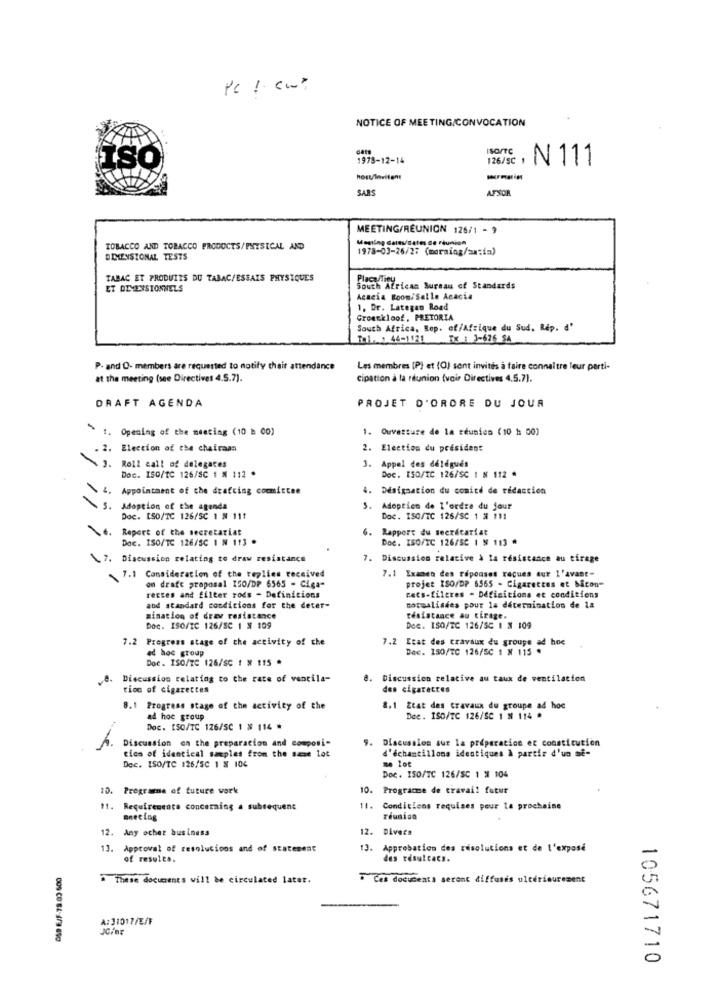
Pc ! (w "
NOTICE OF MEETING/CONVOCATION
ISO/TC
1978-12-14
126/5C 1
, N 111
host/Invitent
SARS
AFSOR
MEETING/RÉUNION 126/1 - 9
Mening Careu/dates de réunion
TOBACCO AND TOBACCO PRODUCTS/PHYSICAL AND
1978-03-26/27 (morning/satia)
DIMENSIONAL TESTS
TABAC ET PRODUITS DU TABAC/ESSAIS PHYSIQUES
ET DIMENSIONNELS
South African Bureau of Standards
Acacia Room/Salle Acacia
1. Dr. Lategan Road
Groenkloof, PRETORIA
South Africa, Bop. of/Afrique du Sud. Rep. d'
To1. 1 44-1121 3x 1 3-676 SA
P- and O- members are requested to notify their attendance
Les membres (P) et (O) sont invités à faire connaître leur parti-
at the meeting (see Directives 4.5.7).
cipation à la réunion (voir Directives 4.5.7).
DRAFT AGENDA
PROJET D'ORDRE DU JOUR
1. Opening of the meeting (10 ₺ 00)
1. Ouverture de la réunion (10 h 00)
- 2. Election of the chairaan
2. Election du président
3.
Appel des délégués
J. Roll call of delegates
Doc. ISO/TC 126/SC 1 M 112 *
Doc. ISO/TC 126/SC 1 N 112 *
. Appointment of the drafting committee
4. Désignation du comité de rédaction
5. Adoption of the agenda
Adoption de l'ordre du jour
Doc. ISO/TC 126/SC 1 N 111
Doc. ISO/TC 126/SC 1 # 111
Report of the secretariat
Rapport du secrétariat
Doc. ISO/TC 126/5C 1 N 113 .
Doc. ISO/TC 126/SC 1 N 113 *
7. Discussion relating to draw resistance
7. Discussion relative à la résistance au tirage
7.1 Examen des réponses racues dur l'avant-
7.1 Consideration of the replies received
on draft proposal ISO/DP 6565 - Ciga-
projet ISO/DP 6565 - Cigarettes et bicon-
rettes and filter rods - Definitions
Rets-fileres - Definitions et conditions
and standard conditions for the deter-
Borealisdes pour la détermination de la
mination of draw resistance
resistance au tirage.
Doc. ISO/TC 126/SC 1 X 109
Doc. ISO/TC 126/SC 1 X 109
7.2 Progress stage of the activity of che
7.2 Etat des travaux du groupe ad hoc
ad hoc group
Dec. 150/TC 126/SC 1 N 115 *
Doc. ISO/TC 126/sc t # 115 *
.8. Discussion relating to the rate of ventila-
8.
Discussion relative au taux de ventilation
tion of cigarettes
den cigarettes
8.1 Progress stage of the activity of the
8.1 Ztat des travaux du groupe ad hoc
ad hoc group
Dee. ISO/TC 126/SC 1 N 114 .
Doc. ISO/TC 126/SC 1 # 114*
Discussion on the preparacion and composi-
. Discussles sur la préparation er constitution
Dec. ISO/TC 126/5C 1 N 104
tics of identical samples from the same lot
d'échantillons identiques À partir d'un af-
me lot
Doc. ISO/TC 126/SC 1 # 104
10. Programe of future work
10.
Programme de travail futur
11. Requirementa concerning a subsequent
11.
Conditions requises pour la prochaine
mnecing
12. Any other business
2. Divers
11.
Approval of resolutions and of statement
Approbation des resolutions et de L'exposé
of results.
des résultats.
These documents will be circulated later.
Ces documents seront diffusés ultérieurement
A: 31017/E/F
105671710